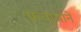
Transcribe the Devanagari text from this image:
फवार्‍याने